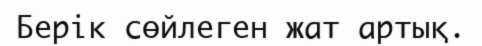
Берік сөйлеген жат артық.